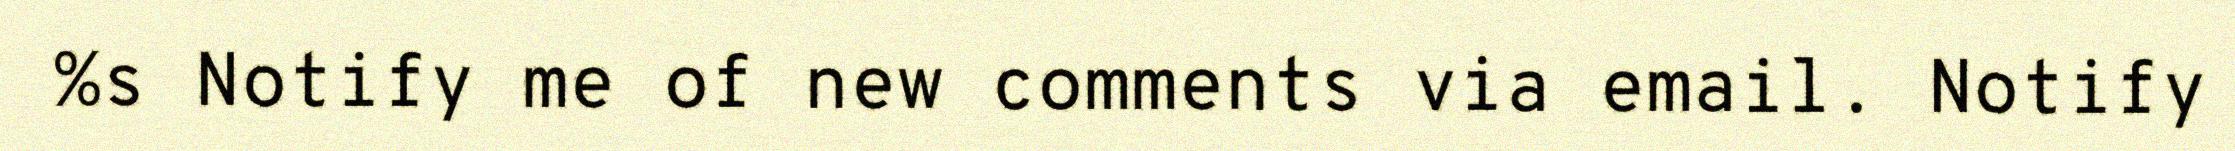
%s Notify me of new comments via email. Notify